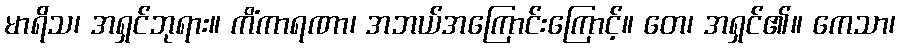
မာရိသ၊ အရှင်ဘုရား။ ကိံကာရဏာ၊ အဘယ်အကြောင်းကြောင့်။ တေ၊ အရှင်၏။ ကေသာ၊